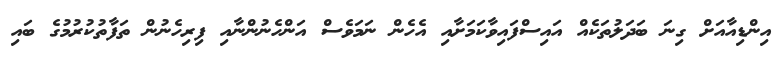
އިންޑިއާއަށް ގިނަ ބަދަލުތަކެއް އައިސްފައިވާކަމަށާއި އެހެން ނަމަވެސް އަންހެނުންނާއި ފިރިހެނުން ތަފާތުކުރުމުގެ ބައި